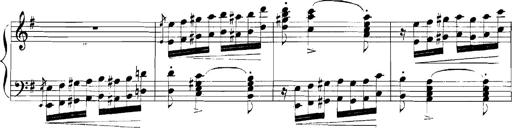
Title: Rhapsodies hongroises
Composer: Franz Liszt